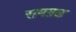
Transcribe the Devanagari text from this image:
रामग़ढ